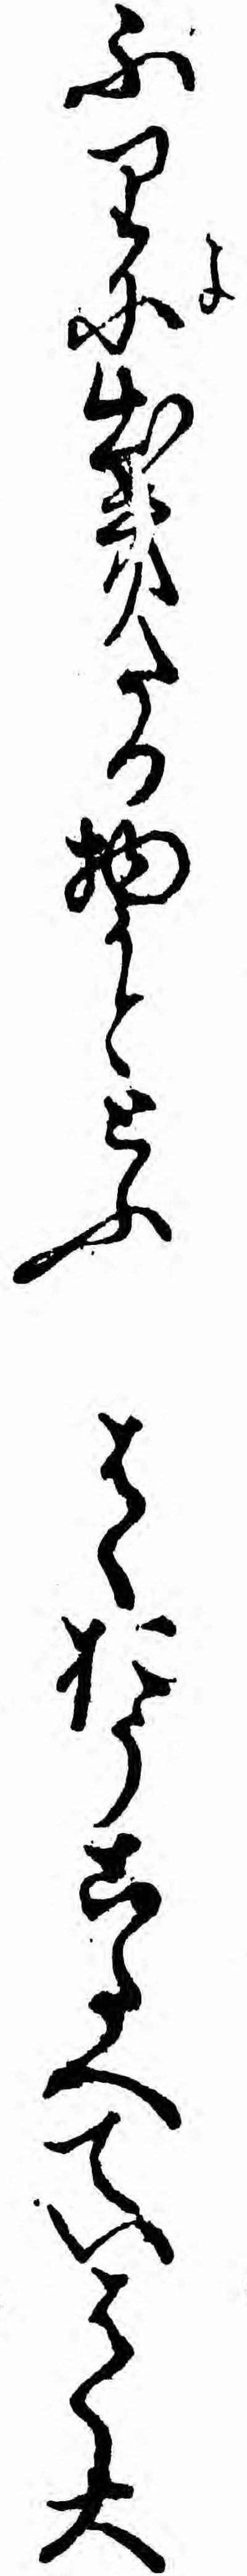
ふりよに出きたる物かととふはくおうこたへていはく大